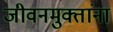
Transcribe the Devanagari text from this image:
जीवनमुक्तांना